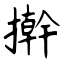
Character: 擀